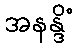
အနန္ဒိံ